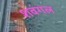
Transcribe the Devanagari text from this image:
शवंगल